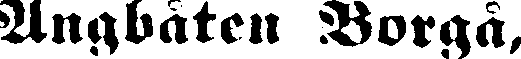
Ångbåten Borgå,